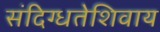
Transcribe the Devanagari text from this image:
संदिग्धतेशिवाय